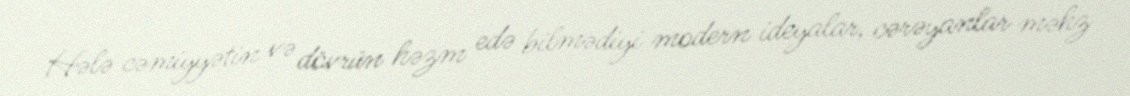
Hələ cəmiyyətin və dövrün həzm edə bilmədiyi modern ideyalar, cərəyanlar məhz